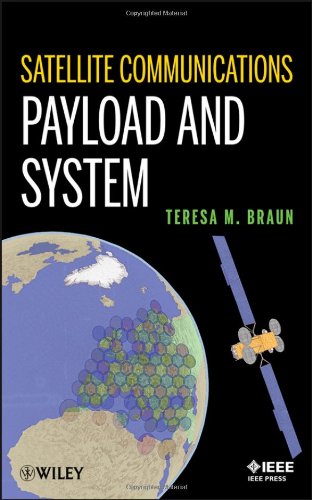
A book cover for Satellite Communications Payload and System; Teresa M. Braun; Crafts, Hobbies & Home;